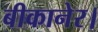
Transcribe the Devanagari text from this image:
बीकानेर।